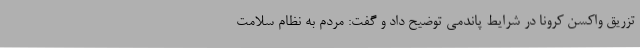
تزریق واکسن کرونا در شرایط پاندمی توضیح داد و گفت: مردم به نظام سلامت